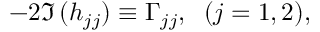
- 2 \Im \, ( h _ { j j } ) \equiv { \Gamma } _ { j j } , \; \; ( j = 1 , 2 ) ,